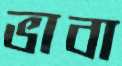
ভাবা